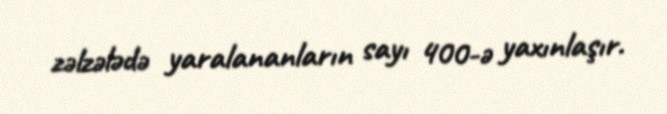
zəlzələdə yaralananların sayı 400-ə yaxınlaşır.